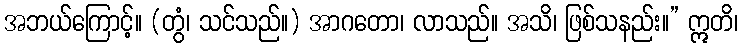
အဘယ်ကြောင့်။ (တွံ၊ သင်သည်။) အာဂတော၊ လာသည်။ အသိ၊ ဖြစ်သနည်း။” ဣတိ၊